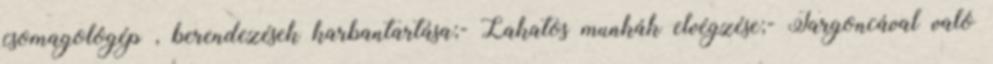
csomagológép , berendezések karbantartása;- Lakatos munkák elvégzése;- Targoncával való